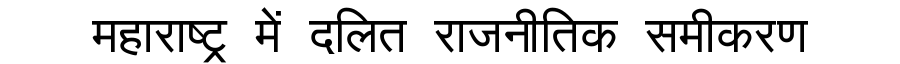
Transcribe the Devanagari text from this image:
महाराष्ट्र में दलित राजनीतिक समीकरण